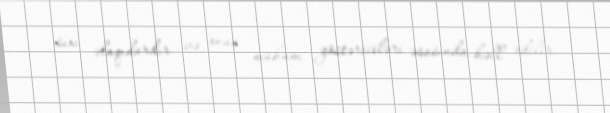
sıxı əlaqıdardır və onun mühüm göstəriciləri əsasında həll edilir.